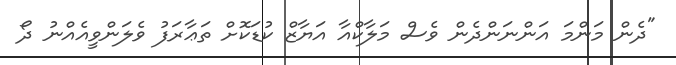
"ދެން މަންމަ އަންނަންދެން ވެސް މަލާކްއާ އަޔާޒް ކުޑަކޮށް ތަޢާރަފު ވެލަންވީއެއްނު ދޯ